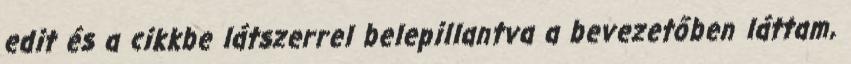
edit és a cikkbe látszerrel belepillantva a bevezetőben láttam,